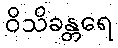
ဝိသိခန္တရေ